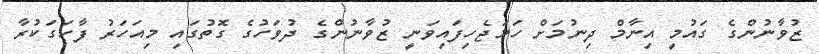
ޒުވާނުންގެ ގައުމީ އިނާމް ދިނުމަށް ހަމަޖެހިފައިވަނީ ޒުވާނުންގެ ދުވަހުގެ ގޮތުގައި މިއަހަރު ފާހަގަކުރާ